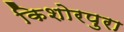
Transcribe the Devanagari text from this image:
किशोरपुरा